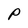
Character: P